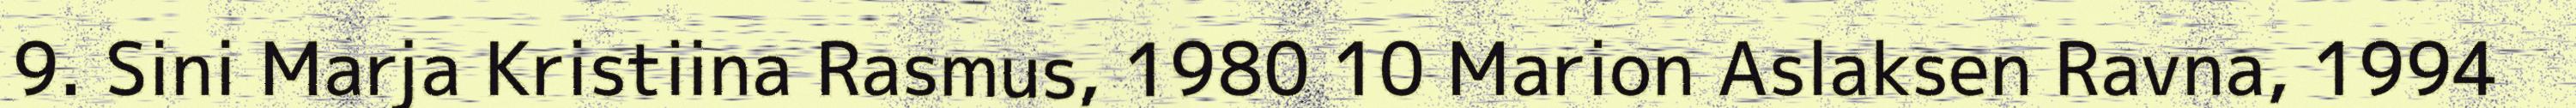
9. Sini Marja Kristiina Rasmus, 1980 10 Marion Aslaksen Ravna, 1994